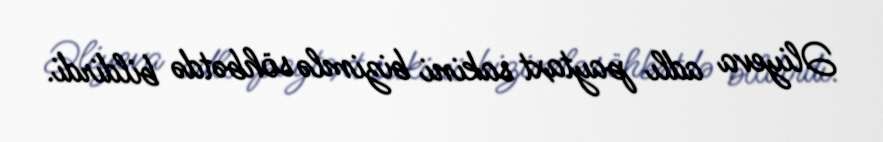
Əliyeva adlı paytaxt sakini bizimlə söhbətdə bildirdi.